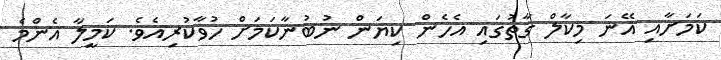
ކަމަށާއި އޭނަ މިކާލް ގާތުގައި އެހެން ކިޔަން ނުބުނާކަމަށް ހުވާކުރިއެވެ. ކަމީލާ އެންމެ